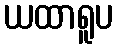
ယထာရူပ